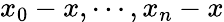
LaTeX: x_{0}-x,\cdots,x_{n}-x